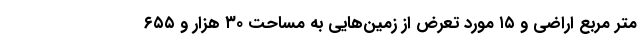
متر مربع اراضی و ۱۵ مورد تعرض از زمین‌هایی به مساحت ۳۰ هزار و ۶۵۵